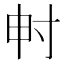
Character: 𡬤